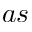
a s